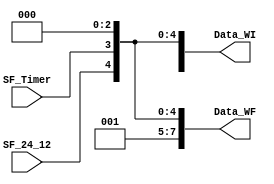
`timescale 1ns / 1ps
//////////////////////////////////////////////////////////////////////////////////
// Company: 
// 
// Design Name: 
// Module Name:    Deco_Formato_Hora 
// Project Name: 
// Target Devices: 
// Tool versions: 
// Description: 
//
// Dependencies: 
//
// Revision: 
// Revision 0.01 - File Created
// Additional Comments: 
//
//////////////////////////////////////////////////////////////////////////////////
module Deco_Formato_Hora(
	input SF_24_12,SF_Timer,
	output reg [7:0] Data_WI,Data_WF
    );

always @*

	begin
		Data_WI={3'b000,SF_24_12,SF_Timer,3'b000};
		Data_WF={3'b001,SF_24_12,SF_Timer,3'b000};
	end
	//SF_24_12 SF_Timer
	
	
endmodule